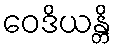
ဝေဒိယန္တိ